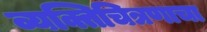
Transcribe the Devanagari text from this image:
व्यक्तिचित्रणाचा